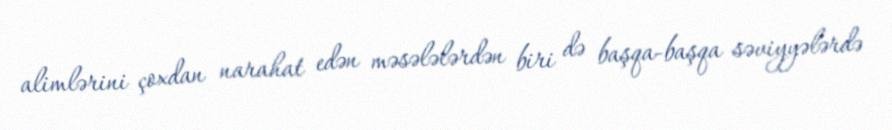
alimlərini çoxdan narahat edən məsələlərdən biri də başqa-başqa səviyyələrdə